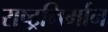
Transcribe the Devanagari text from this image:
राष्ट्रनिर्मान